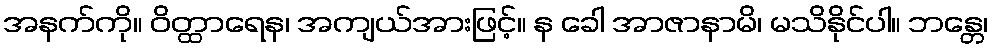
အနက်ကို။ ဝိတ္ထာရေန၊ အကျယ်အားဖြင့်။ န ခေါ အာဇာနာမိ၊ မသိနိုင်ပါ။ ဘန္တေ၊